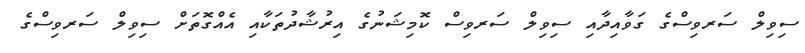
ސިވިލް ސަރވިސްގެ ގަވާއިދާއި ސިވިލް ސަރވިސް ކޮމިޝަނުގެ އިރުޝާދުތަކާއި އެއްގޮތަށް ސިވިލް ސަރވިސްގެ